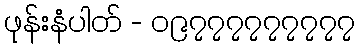
ဖုန်းနံပါတ် - ၀၉၇၇၇၇၇၇၇၇၇